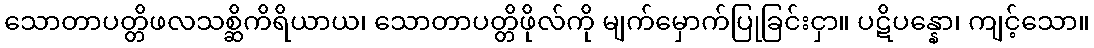
သောတာပတ္တိဖလသစ္ဆိကိရိယာယ၊ သောတာပတ္တိဖိုလ်ကို မျက်မှောက်ပြုခြင်းငှာ။ ပဋိပန္နော၊ ကျင့်သော။